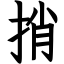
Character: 捎